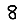
Digit: 8